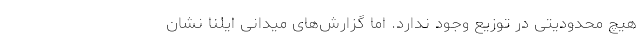
هیچ محدودیتی در توزیع وجود ندارد. اما گزارش‌های میدانی ایلنا نشان